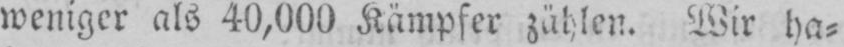
weniger als 40,000 Kämpfer zählen. Wir ha⸗